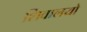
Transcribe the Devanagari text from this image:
शिवालयो